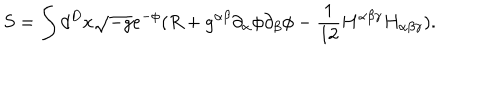
S = \int d ^ { D } x \sqrt { - g } e ^ { - \phi } ( R + g ^ { \alpha \beta } \partial _ { \alpha } \phi \partial _ { \beta } \phi - \frac 1 { 1 2 } H ^ { \alpha \beta \gamma } H _ { \alpha \beta \gamma } ) .